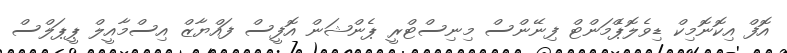
އޮފް އިކޮނޮމިކް ޑިވެލޮޕްެމަންޓް ފިނޭންސް މިނިސްޓްރީ ޕެންޝަން އޮފީސް ފައްޔާޒް އިސްމާއީލް ޕީޕަލްސް